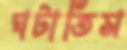
ঘটাতিস